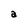
Character: a